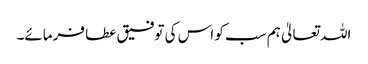
اللہ تعالیٰ ہم سب کو اس کی توفیق عطا فرمائے۔